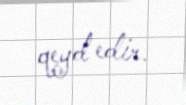
qeyd edir.